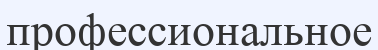
профессиональное